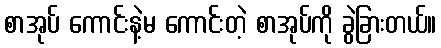
စာအုပ် ကောင်းနဲ့မ ကောင်းတဲ့ စာအုပ်ကို ခွဲခြားတယ်။